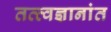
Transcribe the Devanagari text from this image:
तत्त्वज्ञानांत